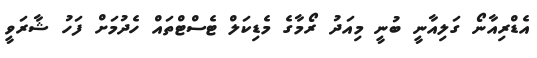
އެޑްރިއާނޯ ގަލިއާނީ ބުނީ މިއަދު ރޯމާގެ މެޑިކަލް ޓެސްޓްތައް ހެދުމަށް ފަހު ޝާރަވީ